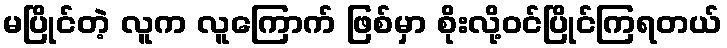
မပြိုင်တဲ့ လူက လူကြောက် ဖြစ်မှာ စိုးလို့ဝင်ပြိုင်ကြရတယ်